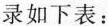
录如下表：